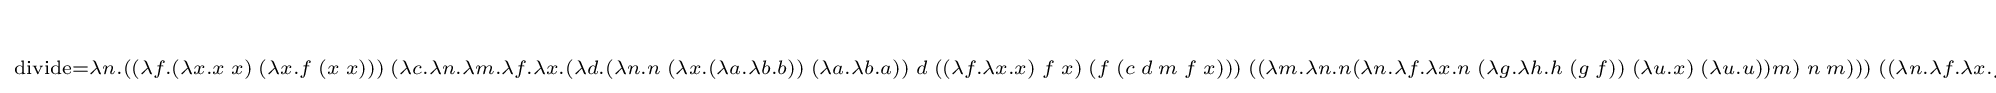
\scriptstyle \operatorname {divide} =\lambda n.((\lambda f.(\lambda x.x\ x)\ (\lambda x.f\ (x\ x)))\ (\lambda c.\lambda n.\lambda m.\lambda f.\lambda x.(\lambda d.(\lambda n.n\ (\lambda x.(\lambda a.\lambda b.b))\ (\lambda a.\lambda b.a))\ d\ ((\lambda f.\lambda x.x)\ f\ x)\ (f\ (c\ d\ m\ f\ x)))\ ((\lambda m.\lambda n.n(\lambda n.\lambda f.\lambda x.n\ (\lambda g.\lambda h.h\ (g\ f))\ (\lambda u.x)\ (\lambda u.u))m)\ n\ m)))\ ((\lambda n.\lambda f.\lambda x.f\ (n\ f\ x))\ n)